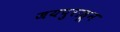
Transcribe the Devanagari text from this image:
जयपुराहून